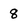
Character: 8